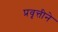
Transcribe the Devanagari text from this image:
प्रवृत्तीने